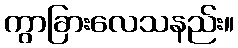
ကွာခြားလေသနည်း။